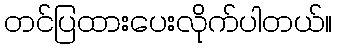
တင်ပြထားပေးလိုက်ပါတယ်။